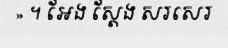
» ។ អែង ស្តែង សរសេរ